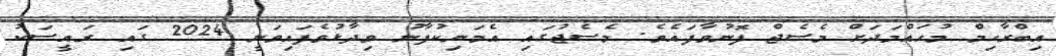
އިބްރާހިމް މުހައްމަދަށް މެސެޖް ފޮނުވާފައެވެ. މެސެޖުގައި އެމަނިކުފާނު ވިދާޅުވެފައިވަނީ 2024 ގައި ރައީސަކު